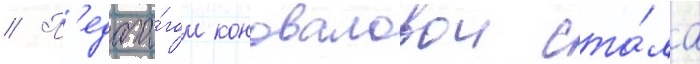
// П'едаго́гом коноваловои ста́ла